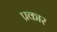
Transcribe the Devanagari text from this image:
प्रकार